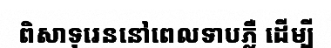
ពិសាទុរេននៅពេលទាបភ្លឺ ដើម្បី